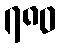
၇၈၀